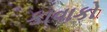
કાવાકો